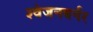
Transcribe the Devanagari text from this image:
श्‍वेजनबर्गर